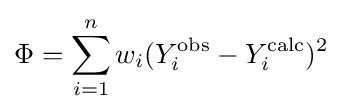
\Phi =\sum _{i=1}^{n}w_{i}(Y_{i}^{\text{obs}}-Y_{i}^{\text{calc}})^{2}